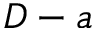
D - a